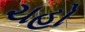
ચહો